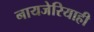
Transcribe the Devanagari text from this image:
नायजेरियाही